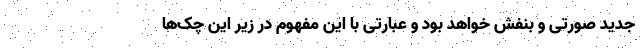
جدید صورتی و بنفش خواهد بود و عبارتی با این مفهوم در زیر این چک‌ها